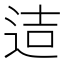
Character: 迼